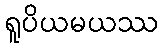
ရူပိယမယဿ